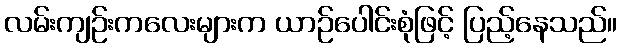
လမ်းကျဉ်းကလေးများက ယာဉ်ပေါင်းစုံဖြင့် ပြည့်နေသည်။